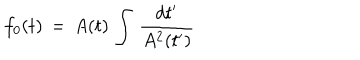
LaTeX: f _ { 0 } ( t ) \, = \, A ( t ) \, \int \, { \frac { d t ^ { \prime } } { A ^ { 2 } ( t ^ { \prime } ) } }